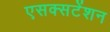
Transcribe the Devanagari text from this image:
एसक्सटेंशन